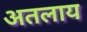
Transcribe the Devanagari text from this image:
अतलाय